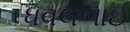
ધવલભાઈ